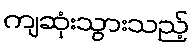
ကျဆုံးသွားသည့်